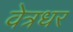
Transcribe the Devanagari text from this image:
वेत्रधर